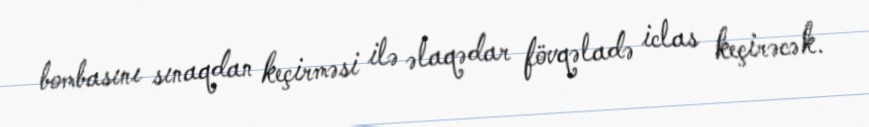
bombasını sınaqdan keçirməsi ilə əlaqədar fövqəladə iclas keçirəcək.